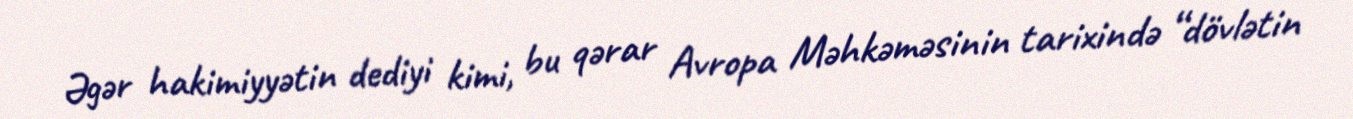
Əgər hakimiyyətin dediyi kimi, bu qərar Avropa Məhkəməsinin tarixində “dövlətin